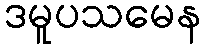
ဒမူပသမေန